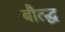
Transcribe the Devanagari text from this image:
बौत्द्ध